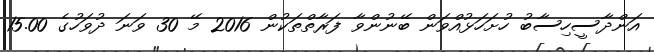
އަންދާސީހިސާބު ހުށަހަޅުއްވަން ބޭނުންވާ ފަރާތްތަކުން 2016 މޭ 30 ވަނަ ދުވަހުގެ 15.00